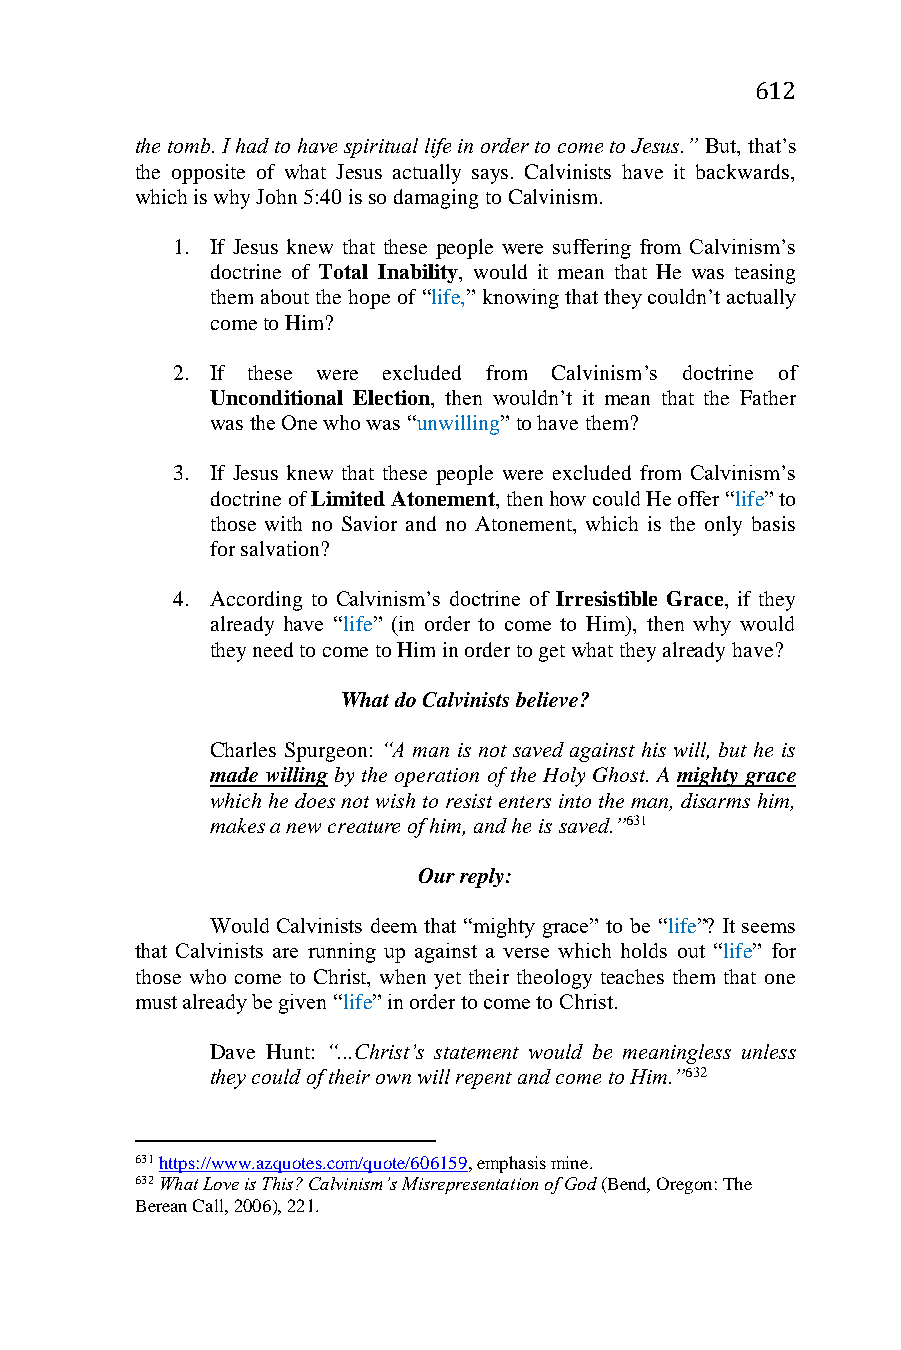
612
 the tomb. I had to have spiritual life in order to come to Jesus.” But, that’s
 the opposite of what Jesus actually says. Calvinists have it backwards,
 which is why John 5:40 is so damaging to Calvinism.
 1. If Jesus knew that these people were suffering from Calvinism’s
 doctrine of Total Inability, would it mean that He was teasing
 them about the hope of “life,” knowing that they couldn’t actually
 come to Him?
 2. If these were excluded from Calvinism’s doctrine of
 Unconditional Election, then wouldn’t it mean that the Father
 was the One who was “unwilling” to have them?
 3. If Jesus knew that these people were excluded from Calvinism’s
 doctrine of Limited Atonement, then how could He offer “life” to
 those with no Savior and no Atonement, which is the only basis
 for salvation?
 4. According to Calvinism’s doctrine of Irresistible Grace, if they
 already have “life” (in order to come to Him), then why would
 they need to come to Him in order to get what they already have?
 What do Calvinists believe?
 Charles Spurgeon: “A man is not saved against his will, but he is
 made willing by the operation of the Holy Ghost. A mighty grace
 which he does not wish to resist enters into the man, disarms him,
 makes a new creature of him, and he is saved.”631
 Our reply:
 Would Calvinists deem that “mighty grace” to be “life”? It seems
 that Calvinists are running up against a verse which holds out “life” for
 those who come to Christ, when yet their theology teaches them that one
 must already be given “life” in order to come to Christ.
 Dave Hunt: “...Christ’s statement would be meaningless unless
 they could of their own will repent and come to Him.”632
 631 https://www.azquotes.com/quote/606159, emphasis mine.
 632 What Love is This? Calvinism’s Misrepresentation of God (Bend, Oregon: The
 Berean Call, 2006), 221.